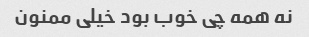
نه همه چی خوب بود خیلی ممنون